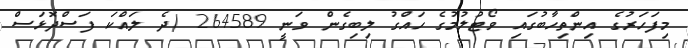
މިފަހަރުގެ އިންތިހާބުގައި ވޯޓުލުމުގެ ހައްގު ލިބިގެން ވަނީ 264589 (ދެ ލައްކަ ފަސްދޮޅަސް